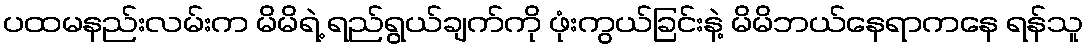
ပထမနည်းလမ်းက မိမိရဲ့ ရည်ရွယ်ချက်ကို ဖုံးကွယ်ခြင်းနဲ့ မိမိဘယ်နေရာကနေ ရန်သူ